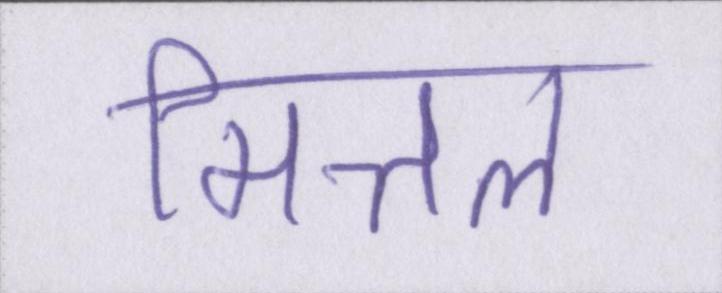
मित्तल